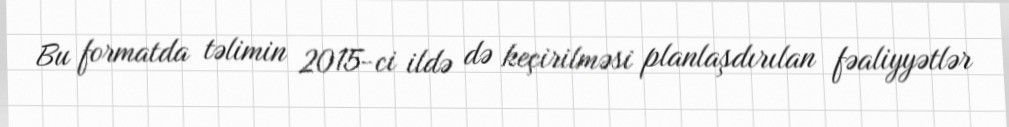
Bu formatda təlimin 2015-ci ildə də keçirilməsi planlaşdırılan fəaliyyətlər